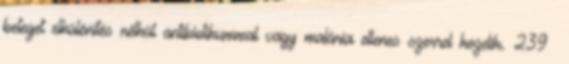
beteget elkülönítés nélkül antibiotikummal vagy malária ellenes szerrel kezelik. 239